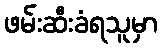
ဖမ်းဆီးခံရသူမှာ